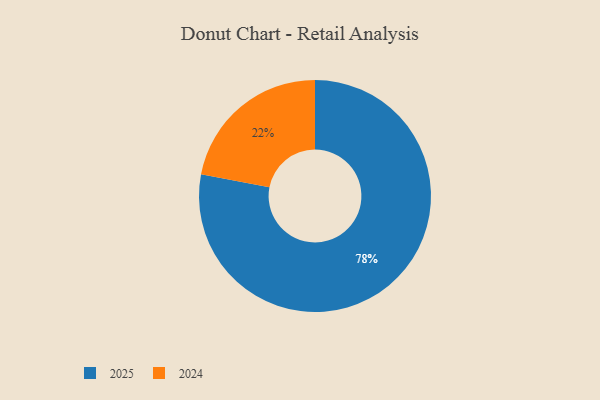
{"axis": {"x": "Category", "y": "Percentage"}, "legend": ["2024", "2025"], "data": [{"x": "2024", "y": 22, "type": "2024"}, {"x": "2025", "y": 78, "type": "2025"}]}